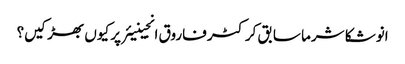
انوشکا شرما سابق کرکٹر فاروق انجینیئر پر کیوں بھڑکیں؟